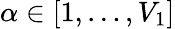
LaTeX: \alpha\in[1,\ldots,V_{1}]